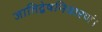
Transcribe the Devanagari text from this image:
जातिद्वेषनिवारणं।